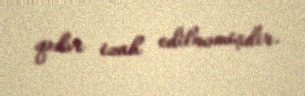
qədər izah edilməmişdir.